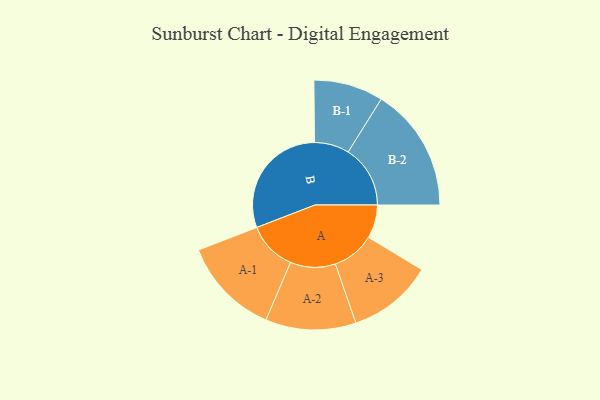
{"axis": {"x": "Segment", "y": "Value"}, "legend": ["", "A", "B"], "data": [{"x": "A", "y": 138, "type": ""}, {"x": "B", "y": 490, "type": ""}, {"x": "A-1", "y": 203, "type": "A"}, {"x": "A-2", "y": 187, "type": "A"}, {"x": "A-3", "y": 176, "type": "A"}, {"x": "B-1", "y": 144, "type": "B"}, {"x": "B-2", "y": 257, "type": "B"}]}